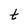
Character: t